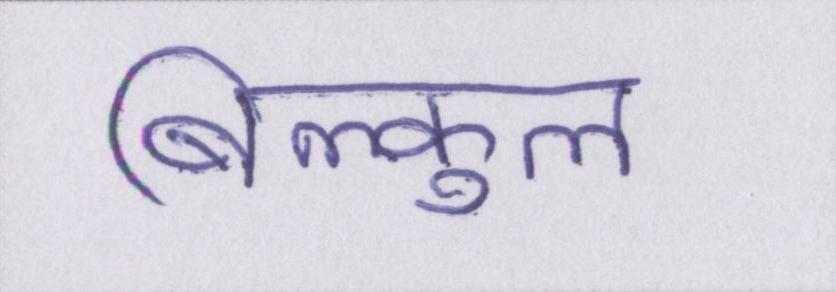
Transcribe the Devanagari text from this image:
बिल्कुल